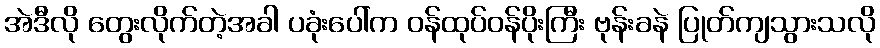
အဲဒီလို တွေးလိုက်တဲ့အခါ ပခုံးပေါ်က ဝန်ထုပ်ဝန်ပိုးကြီး ဗုန်းခနဲ ပြုတ်ကျသွားသလို